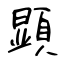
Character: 顕